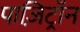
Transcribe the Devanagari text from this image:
पाज़िट्रॉन